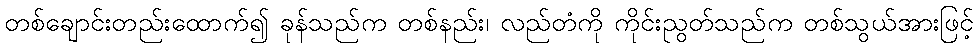
တစ်ချောင်းတည်းထောက်၍ ခုန်သည်က တစ်နည်း၊ လည်တံကို ကိုင်းညွတ်သည်က တစ်သွယ်အားဖြင့်